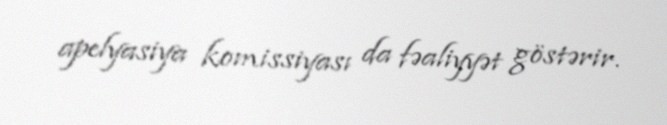
apelyasiya komissiyası da fəaliyyət göstərir.